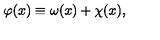
\varphi ( x ) \equiv \omega ( x ) + \chi ( x ) ,